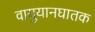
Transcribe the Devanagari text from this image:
वायुयानघातक